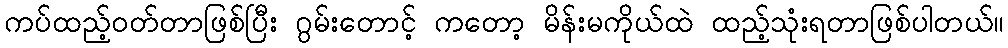
ကပ်ထည့်ဝတ်တာဖြစ်ပြီး ဂွမ်းတောင့် ကတော့ မိန်းမကိုယ်ထဲ ထည့်သုံးရတာဖြစ်ပါတယ်။